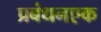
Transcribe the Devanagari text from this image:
प्रबंधनएक